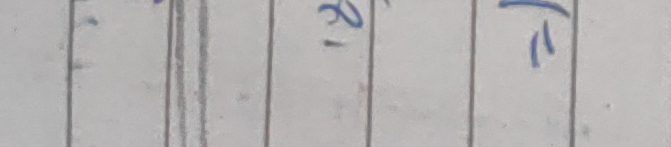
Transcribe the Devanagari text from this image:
I'm unable to confidently read all the characters in the image. While the numeral "२" is clear, the character immediately to its right is too ambiguous to identify as a specific Devanagari character or standard symbol. Therefore, following the instruction to return an empty string if the text cannot be read, I will return an empty string.